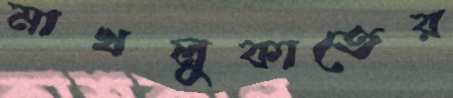
মাখলুকাতের